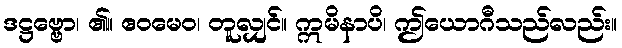
ဒဋ္ဌဗ္ဗော၊ ၏။ ဧဝမေဝ၊ တူလျှင်။ ဣမိနာပိ၊ ဤယောဂီသည်လည်း။